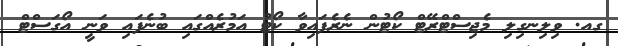
ގއ. ވިލިނގިލި މެޖިސްޓްރޭޓް ކޯޓުން ނެރެފައިވާ ކޯޓު އަމުރެއްގައި ބުނެފައި ވަނީ އޯގަސްޓް